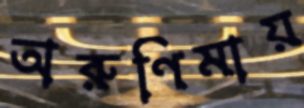
অরুণিমায়